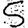
Digit: 5